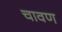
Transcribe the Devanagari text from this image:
चावण